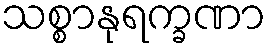
သစ္စာနုရက္ခဏာ